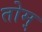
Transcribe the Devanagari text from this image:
तोम्